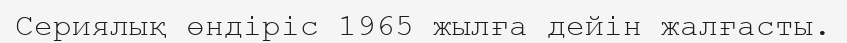
Сериялық өндіріс 1965 жылға дейін жалғасты.